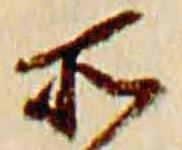
所